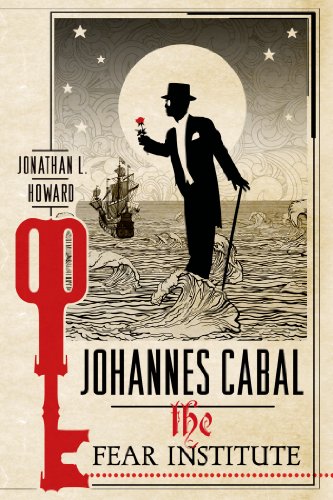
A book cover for Johannes Cabal: The Fear Institute (Johannes Cabal Novels); Jonathan L. Howard; Science Fiction & Fantasy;